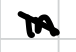
Text: in
Cross-out: mix
Writing tool: digital_black